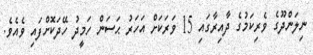
ނިލަންދޫގެ ވެރިކަމުގެ ދާއިރާގައި 15 ވަރަކަށް އަހަރު ޙަސަން ހަމީދު ހޭދަކޮށްފައި ވެއެވެ.